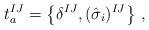
\begin{align*}t_a^{IJ} = \left\{\delta^{IJ}, (\hat \sigma_i)^{IJ}\right\}\,,\end{align*}